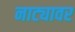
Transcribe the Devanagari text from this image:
नाट्यावर